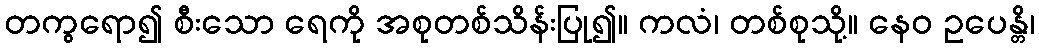
တကွရော၍ စီးသော ရေကို အစုတစ်သိန်းပြု၍။ ကလံ၊ တစ်စုသို့။ နေဝ ဥပေန္တိ၊